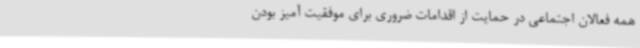
همه فعالان اجتماعی در حمایت از اقدامات ضروری برای موفقیت آمیز بودن